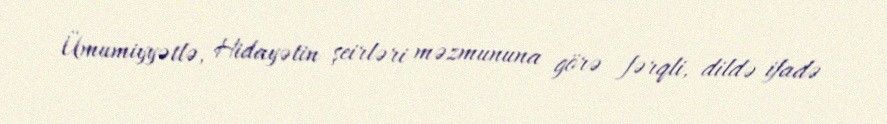
Ümumiyyətlə, Hidayətin şeirləri məzmununa görə fərqli, dildə ifadə